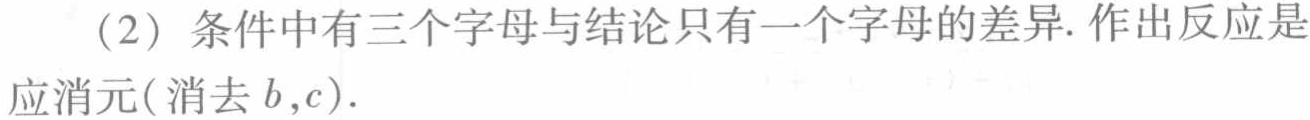
（2）条件中有三个字母与结论只有一个字母的差异. 作出反应是应消元(消去\(b,c\)).